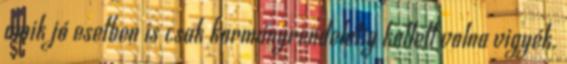
amik jó esetben is csak kormányrendeletig kellett volna vigyék.